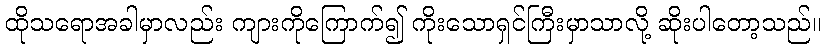
ထိုသရောအခါမှာလည်း ကျားကိုကြောက်၍ ကိုးသောရှင်ကြီးမှာသာလို့ ဆိုးပါတော့သည်။